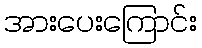
အားပေးကြောင်း